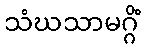
သံဃသာမဂ္ဂိံ